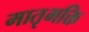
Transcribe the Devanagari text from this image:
मातृभक्ति